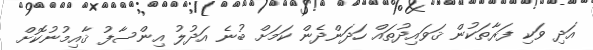
އަދި ވަކި ފަރާތަކުން ޤަވައިދުތައް ހަދަންދެން ކަމަށް ބުނެ އަދުލު އިންސާފު ޤާއިމުނުކޮށް